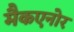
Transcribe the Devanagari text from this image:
मैकएनोर